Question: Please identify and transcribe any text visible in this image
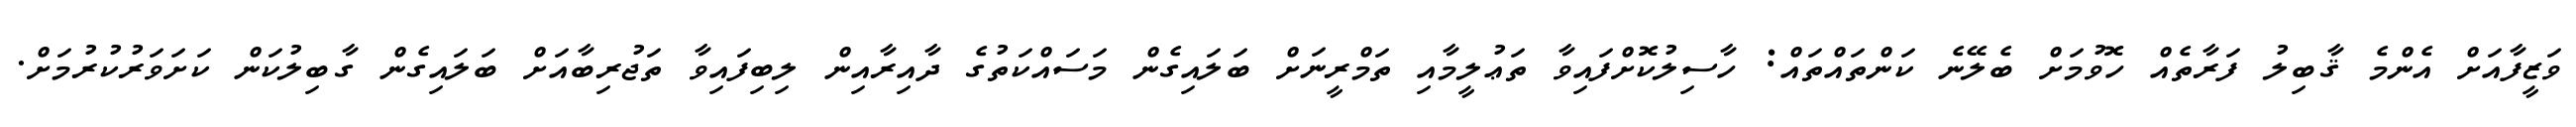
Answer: ވަޒީފާއަށް އެންމެ ޤާބިލު ފަރާތެއް ހޮވުމަށް ބެލޭނެ ކަންތައްތައް: ހާސިލުކޮށްފައިވާ ތަޢުލީމާއި ތަމްރީނަށް ބަލައިގެން މަސައްކަތުގެ ދާއިރާއިން ލިބިފައިވާ ތަޖުރިބާއަށް ބަލައިގެން ގާބިލުކަން ކަށަވަރުކުރުމަށް.